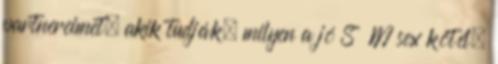
partnereimet, akik tudják, milyen a jó S M sex kötél,